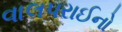
વાલપરાઈનો